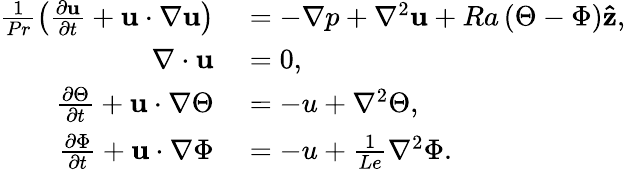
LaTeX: \begin{array}{rl}{\frac{1}{Pr}\left(\frac{\partial\mathbf{u}}{\partial t}+\mathbf{u}\cdot\nabla\mathbf{u}\right)}&{{}=-\nabla p+\nabla^{2}\mathbf{u}+Ra\left(\Theta-\Phi\right)\mathbf{\hat{z}},}\\ {\nabla\cdot\mathbf{u}}&{{}=0,}\\ {\frac{\partial\Theta}{\partial t}+\mathbf{u}\cdot\nabla\Theta}&{{}=-u+\nabla^{2}\Theta,}\\ {\frac{\partial\Phi}{\partial t}+\mathbf{u}\cdot\nabla\Phi}&{{}=-u+\frac{1}{Le}\nabla^{2}\Phi.}\end{array}